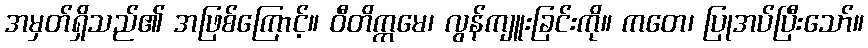
အမှတ်ရှိသည်၏ အဖြစ်ကြောင့်။ ဝီတိက္ကမေ၊ လွန်ကျူးခြင်းကို။ ကတေ၊ ပြုအပ်ပြီးသော်။